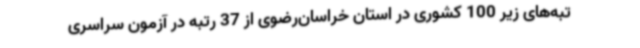
تبه‌های زیر 100 کشوری در استان خراسان‌رضوی از 37 رتبه در آزمون سراسری